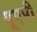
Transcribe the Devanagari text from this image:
यूएपी